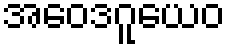
အဝေဒဂူယေဝ